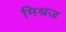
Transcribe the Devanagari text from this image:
मिश्रज